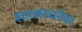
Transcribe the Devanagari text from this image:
खडकरचनेवर